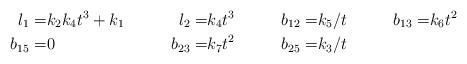
LaTeX: \begin{align*}l_{1} = & k_2k_4t^3+k_1&l_{2} =& k_4t^3&b_{12} =&k_5/t&b_{13} = &k_6t^2\\b_{15} = &0&b_{23} = &k_7t^2&b_{25} = &k_3/t\end{align*}